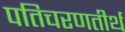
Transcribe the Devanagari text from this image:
पतिचरणतीर्थ